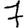
Digit: 7